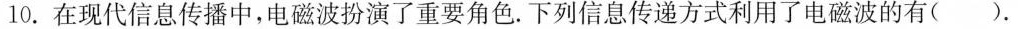
10.在现代信息传播中，电磁波扮演了重要角色.下列信息传递方式利用了电磁波的有().